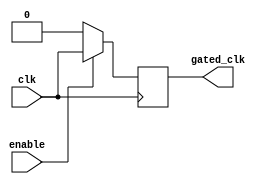
module conditional_clock_gating (
    input wire clk,            // Primary clock signal
    input wire enable,         // Enable signal for clock gating
    output reg gated_clk       // Gated clock output
);

// Gating logic
always @(posedge clk) begin
    if (enable) begin
        gated_clk <= clk;      // Allow clock to pass through when enabled
    end else begin
        gated_clk <= 1'b0;     // Disable clock when not enabled
    end
end

endmodule